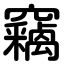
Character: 竊